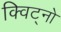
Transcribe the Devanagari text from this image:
क्विट्नो